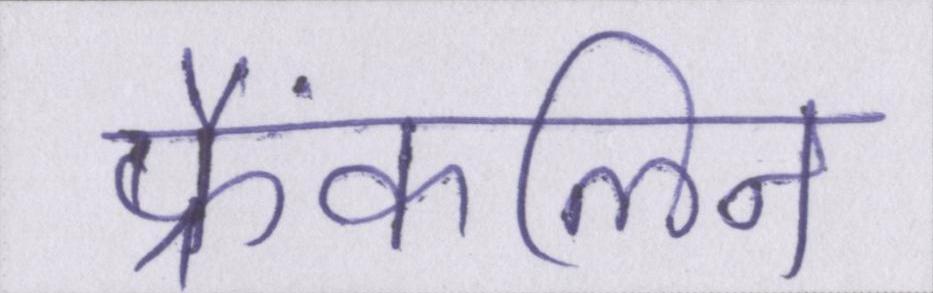
फ्रैंकलिन